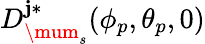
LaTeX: D_{\mum_{s}}^{\mathbf{j}\ast}(\phi_{p},\theta_{p},0)